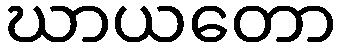
ဃာယတော